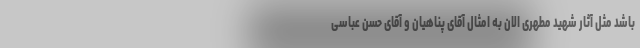
باشد مثل آثار شهید مطهری الان به امثال آقای پناهیان و آقای حسن عباسی